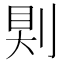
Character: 𠜹